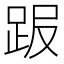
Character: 𧿸